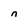
Character: n